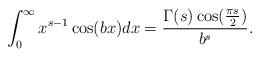
LaTeX: \begin{align*}\int_{0}^{\infty}x^{s-1}\cos(bx)dx=\frac{\Gamma(s)\cos(\frac{\pi s}{2})}{b^{s}}.\end{align*}